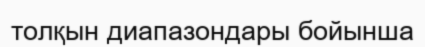
толқын диапазондары бойынша